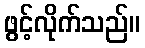
ဖွင့်လိုက်သည်။